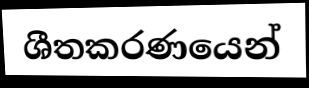
ශීතකරණයෙන්